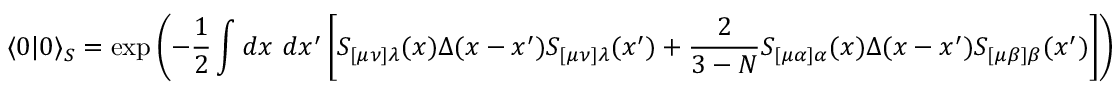
\langle 0 | 0 \rangle _ { S } = \exp { \left( - { \frac { 1 } { 2 } } \int d x ~ d x ^ { \prime } \left[ S _ { [ \mu \nu ] \lambda } ( x ) \Delta ( x - x ^ { \prime } ) S _ { [ \mu \nu ] \lambda } ( x ^ { \prime } ) + { \frac { 2 } { 3 - N } } S _ { [ \mu \alpha ] \alpha } ( x ) \Delta ( x - x ^ { \prime } ) S _ { [ \mu \beta ] \beta } ( x ^ { \prime } ) \right] \right) }